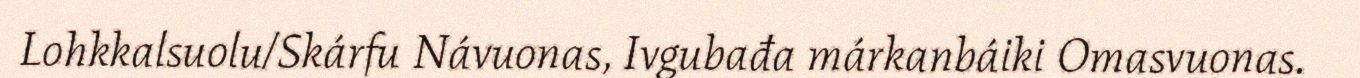
Lohkkalsuolu/Skárfu Návuonas, Ivgubađa márkanbáiki Omasvuonas.